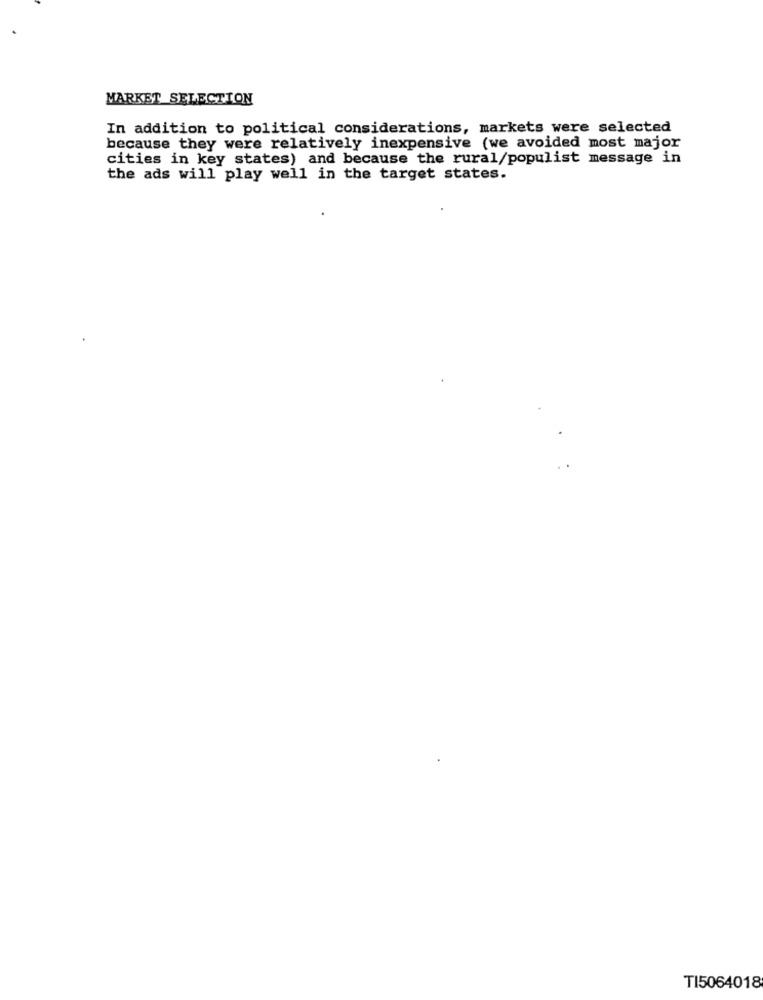
MARKET SELECTION
In addition to political considerations, markets were selected
because they were relatively inexpensive (we avoided most major
cities in key states) and because the rural/populist message in
the ads will play well in the target states.
TI5064018